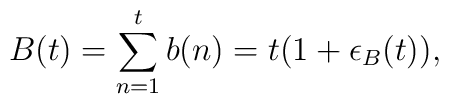
B(t)=\sum_{n=1}^t b(n)=t(1+\epsilon_B(t)),